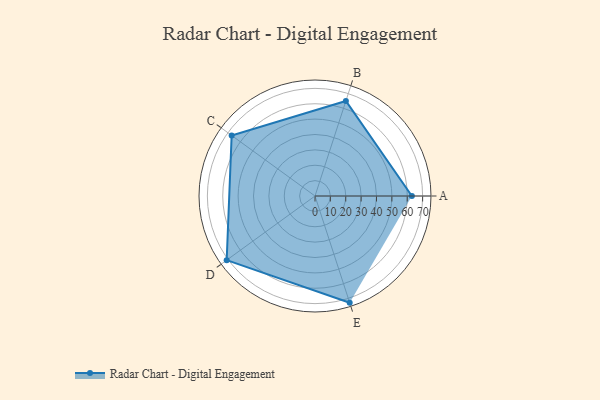
{"axis": {"x": "Skill", "y": "Score"}, "legend": ["Profile"], "data": [{"x": "A", "y": 63.0, "type": "Profile"}, {"x": "B", "y": 65.0, "type": "Profile"}, {"x": "C", "y": 67.0, "type": "Profile"}, {"x": "D", "y": 71.0, "type": "Profile"}, {"x": "E", "y": 73.0, "type": "Profile"}]}